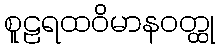
စူဠရထဝိမာနဝတ္ထု